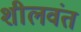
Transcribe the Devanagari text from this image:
शीलवंत